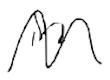
Text: in
Cross-out: wave
Writing tool: digital_black